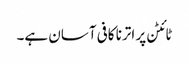
ٹائٹن پر اترنا کافی آسان ہے۔